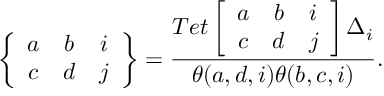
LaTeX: \left\{ \begin{array} { c c c } { { a } } & { { b } } & { { i } } \\ { { c } } & { { d } } & { { j } } \end{array} \right\} = \frac { T e t \left[ \begin{array} { c c c } { { a } } & { { b } } & { { i } } \\ { { c } } & { { d } } & { { j } } \end{array} \right] \Delta _ { i } } { \theta ( a , d , i ) \theta ( b , c , i ) } .